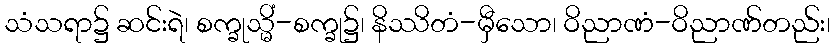
သံသရာ၌ ဆင်းရဲ၊ စက္ခုသ္မိံ-စက္ခု၌၊ နိဿိတံ-မှီသော၊ ဝိညာဏံ-ဝိညာဏ်တည်း၊